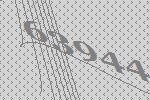
63944